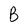
Character: B